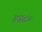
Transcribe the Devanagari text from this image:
४४८०